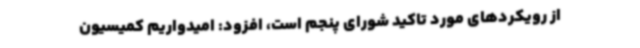
از رویکردهای مورد تاکید شورای پنجم است، افزود: امیدواریم کمیسیون